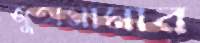
জুতামামার